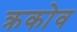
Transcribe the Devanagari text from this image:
क्रकोव